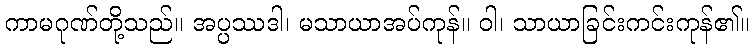
ကာမဂုဏ်တို့သည်။ အပ္ပဿဒါ၊ မသာယာအပ်ကုန်။ ဝါ၊ သာယာခြင်းကင်းကုန်၏။